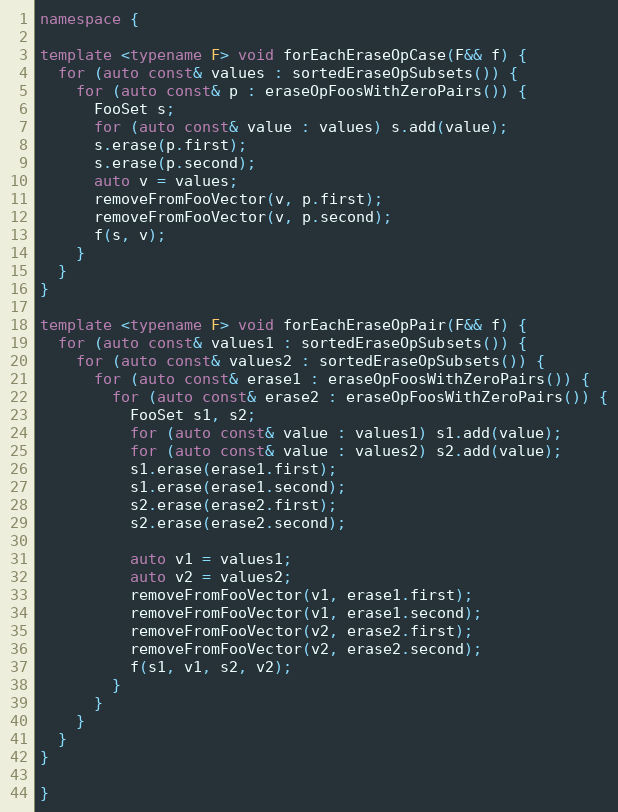
Language: C++
namespace {

template <typename F> void forEachEraseOpCase(F&& f) {
  for (auto const& values : sortedEraseOpSubsets()) {
    for (auto const& p : eraseOpFoosWithZeroPairs()) {
      FooSet s;
      for (auto const& value : values) s.add(value);
      s.erase(p.first);
      s.erase(p.second);
      auto v = values;
      removeFromFooVector(v, p.first);
      removeFromFooVector(v, p.second);
      f(s, v);
    }
  }
}

template <typename F> void forEachEraseOpPair(F&& f) {
  for (auto const& values1 : sortedEraseOpSubsets()) {
    for (auto const& values2 : sortedEraseOpSubsets()) {
      for (auto const& erase1 : eraseOpFoosWithZeroPairs()) {
        for (auto const& erase2 : eraseOpFoosWithZeroPairs()) {
          FooSet s1, s2;
          for (auto const& value : values1) s1.add(value);
          for (auto const& value : values2) s2.add(value);
          s1.erase(erase1.first);
          s1.erase(erase1.second);
          s2.erase(erase2.first);
          s2.erase(erase2.second);

          auto v1 = values1;
          auto v2 = values2;
          removeFromFooVector(v1, erase1.first);
          removeFromFooVector(v1, erase1.second);
          removeFromFooVector(v2, erase2.first);
          removeFromFooVector(v2, erase2.second);
          f(s1, v1, s2, v2);
        }
      }
    }
  }
}

}